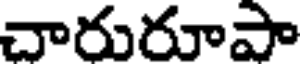
చారురూపా